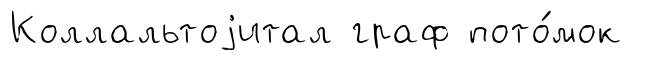
Коллальтоjитал граф пото́мок